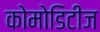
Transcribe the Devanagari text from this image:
कोमोडिटीज